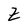
Character: Z